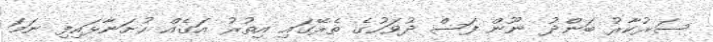
ސަރުކާރު ބަންދު ނޫން ފަސް ދުވަހުގެ ތެރޭގައި އިތުރު އަގެއް ހުށަނާޅައިފި ނަމަ